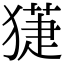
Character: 𤡞